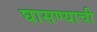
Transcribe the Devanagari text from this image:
घासण्याची